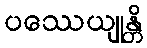
ပဿေယျုန္တိ